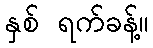
နှစ် ရက်ခန့်။